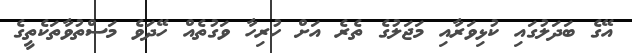
އޭގެ ބަދަލުގައި ކުޅިވަރާއި މަޖަލުގެ ތެރެ އަށް ހުރިހާ ވަގުތެއް ހޭދަވެ މަސްތުވާތަކެތީގެ